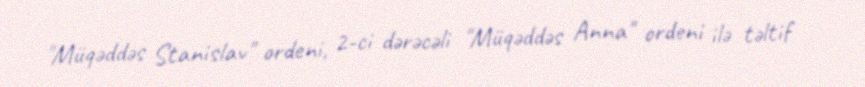
"Müqəddəs Stanislav" ordeni, 2-ci dərəcəli "Müqəddəs Anna" ordeni ilə təltif